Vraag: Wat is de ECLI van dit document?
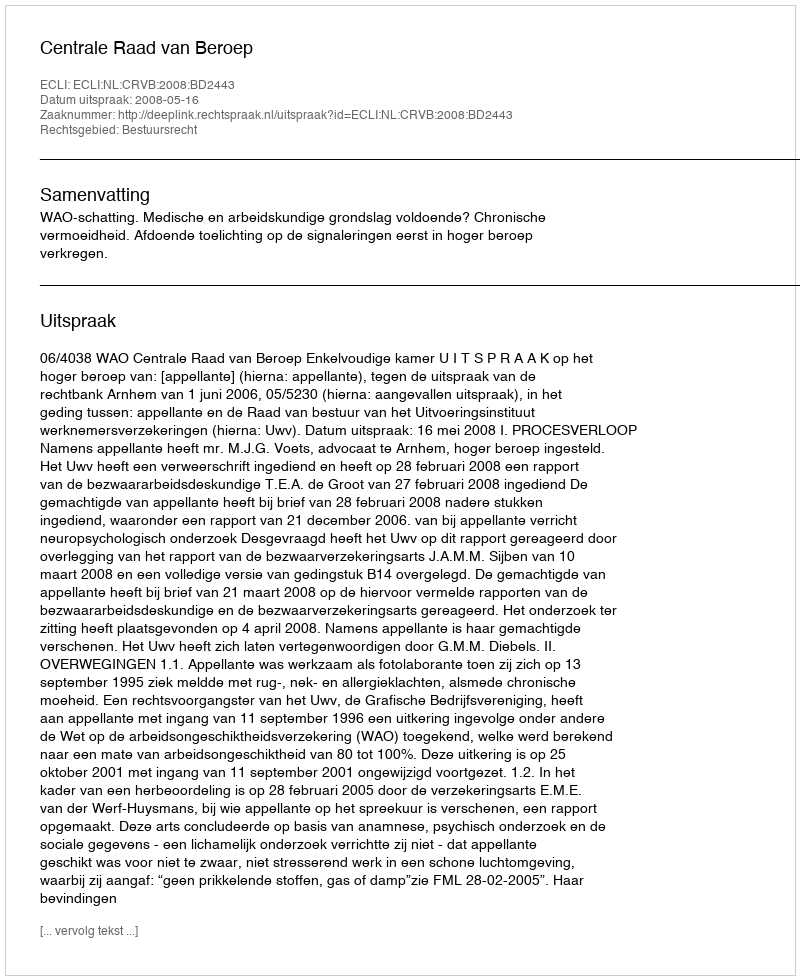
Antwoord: ECLI:NL:CRVB:2008:BD2443